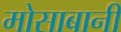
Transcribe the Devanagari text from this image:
मोसाबानी